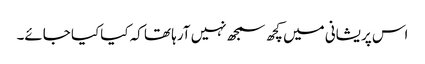
اس پریشانی میں کچھ سمجھ نہیں آرہا تھا کہ کیاکیا جائے۔